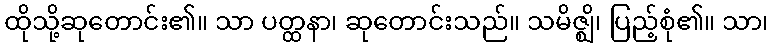
ထိုသို့ဆုတောင်း၏။ သာ ပတ္ထနာ၊ ဆုတောင်းသည်။ သမိဇ္ဈိ၊ ပြည့်စုံ၏။ သာ၊